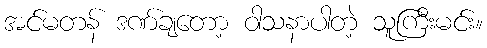
အင်မတန် ဒဏ်ချတော့ ဝါသနာပါတဲ့ သူကြီးမင်း။